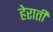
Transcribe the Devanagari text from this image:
हेराती